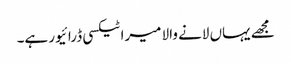
مجھے یہاں لانے والا میرا ٹیکسی ڈرائیور ہے۔